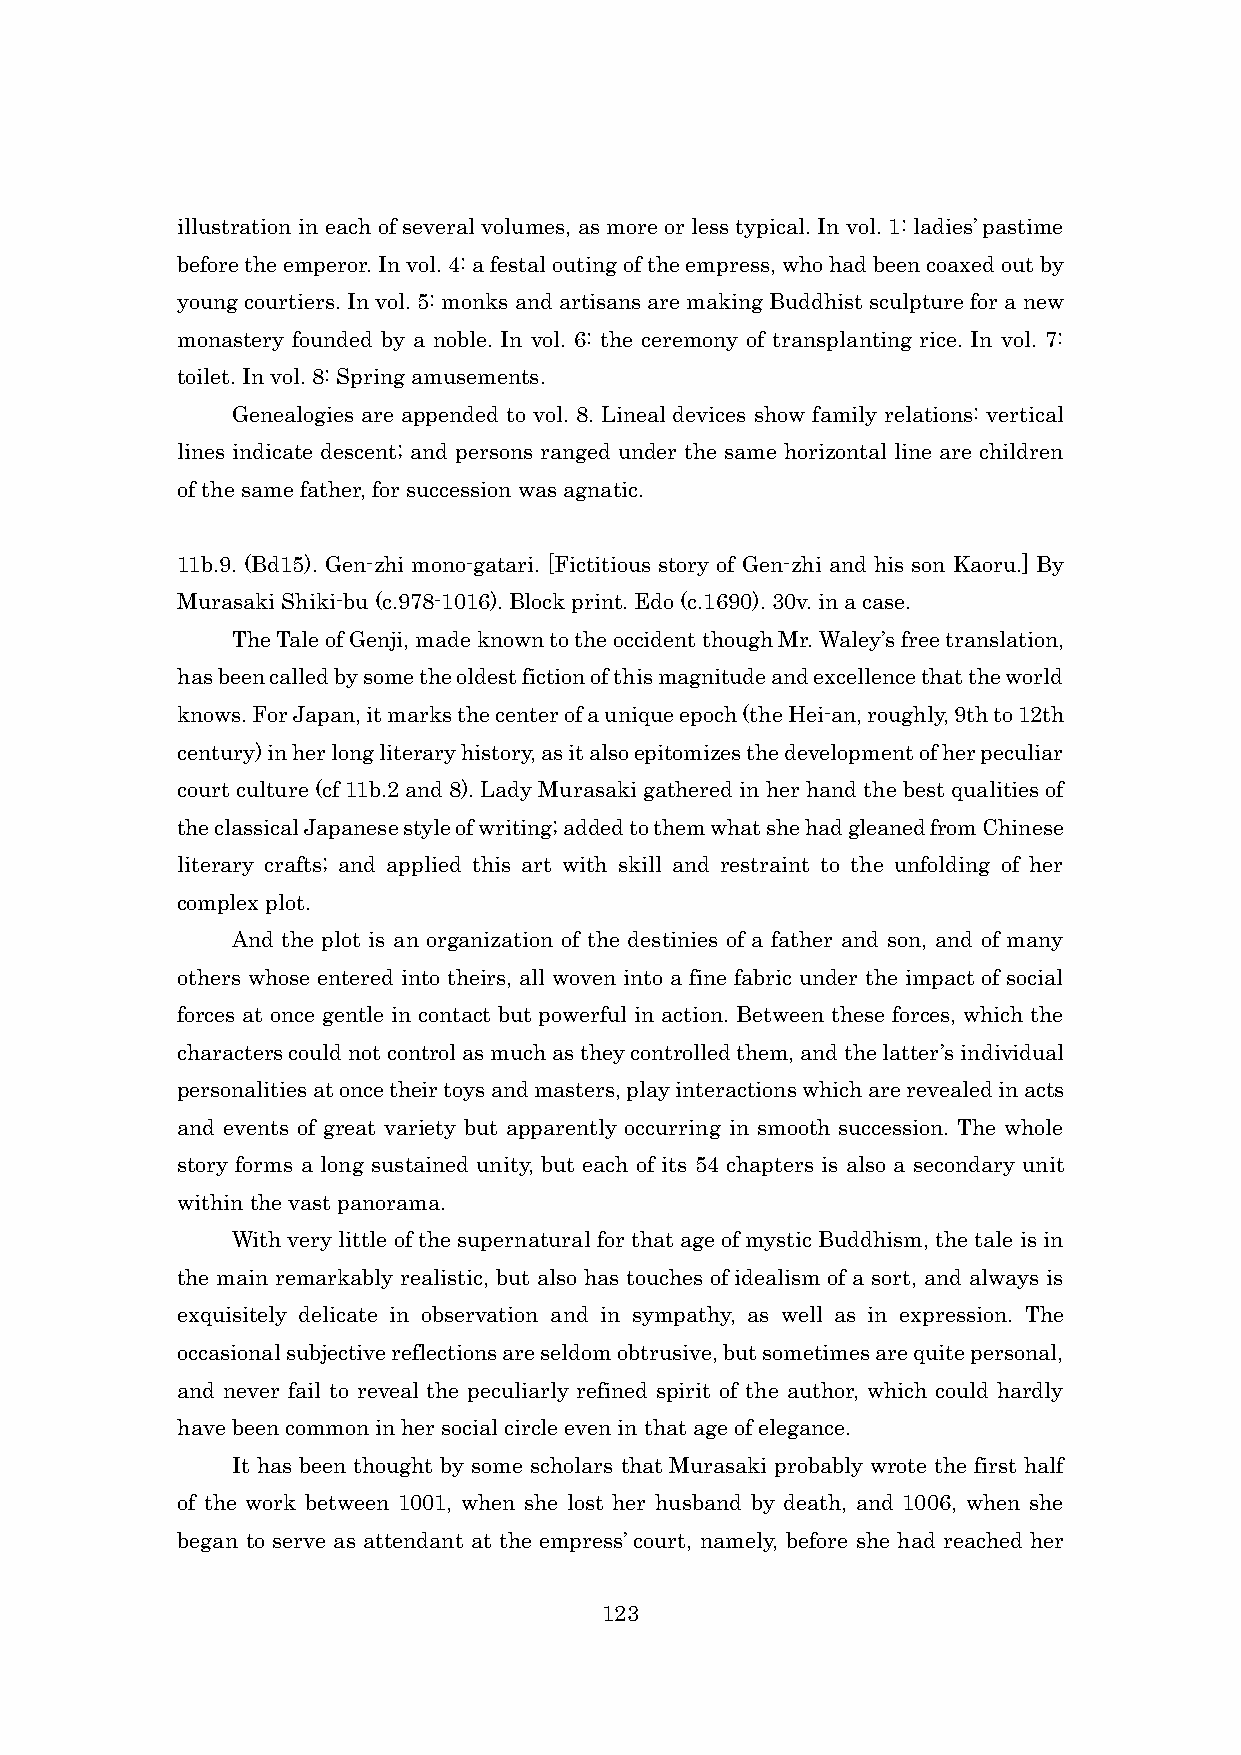
illustration in each of several volumes, as more or less typical. In vol. 1: ladies’ pastime
 before the emperor. In vol. 4: a festal outing of the empress, who had been coaxed out by
 young courtiers. In vol. 5: monks and artisans are making Buddhist sculpture for a new
 monastery founded by a noble. In vol. 6: the ceremony of transplanting rice. In vol. 7:
 toilet. In vol. 8: Spring amusements.
 Genealogies are appended to vol. 8. Lineal devices show family relations: vertical
 lines indicate descent; and persons ranged under the same horizontal line are children
 of the same father, for succession was agnatic.
 11b.9. (Bd15). Gen-zhi mono-gatari. [Fictitious story of Gen-zhi and his son Kaoru.] By
 Murasaki Shiki-bu (c.978-1016). Block print. Edo (c.1690). 30v. in a case.
 The Tale of Genji, made known to the occident though Mr. Waley’s free translation,
 has been called by some the oldest fiction of this magnitude and excellence that the world
 knows. For Japan, it marks the center of a unique epoch (the Hei-an, roughly, 9th to 12th
 century) in her long literary history, as it also epitomizes the development of her peculiar
 court culture (cf 11b.2 and 8). Lady Murasaki gathered in her hand the best qualities of
 the classical Japanese style of writing; added to them what she had gleaned from Chinese
 literary crafts; and applied this art with skill and restraint to the unfolding of her
 complex plot.
 And the plot is an organization of the destinies of a father and son, and of many
 others whose entered into theirs, all woven into a fine fabric under the impact of social
 forces at once gentle in contact but powerful in action. Between these forces, which the
 characters could not control as much as they controlled them, and the latter’s individual
 personalities at once their toys and masters, play interactions which are revealed in acts
 and events of great variety but apparently occurring in smooth succession. The whole
 story forms a long sustained unity, but each of its 54 chapters is also a secondary unit
 within the vast panorama.
 With very little of the supernatural for that age of mystic Buddhism, the tale is in
 the main remarkably realistic, but also has touches of idealism of a sort, and always is
 exquisitely delicate in observation and in sympathy, as well as in expression. The
 occasional subjective reflections are seldom obtrusive, but sometimes are quite personal,
 and never fail to reveal the peculiarly refined spirit of the author, which could hardly
 have been common in her social circle even in that age of elegance.
 It has been thought by some scholars that Murasaki probably wrote the first half
 of the work between 1001, when she lost her husband by death, and 1006, when she
 began to serve as attendant at the empress’ court, namely, before she had reached her
 123